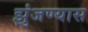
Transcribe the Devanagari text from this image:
झुंजण्यास